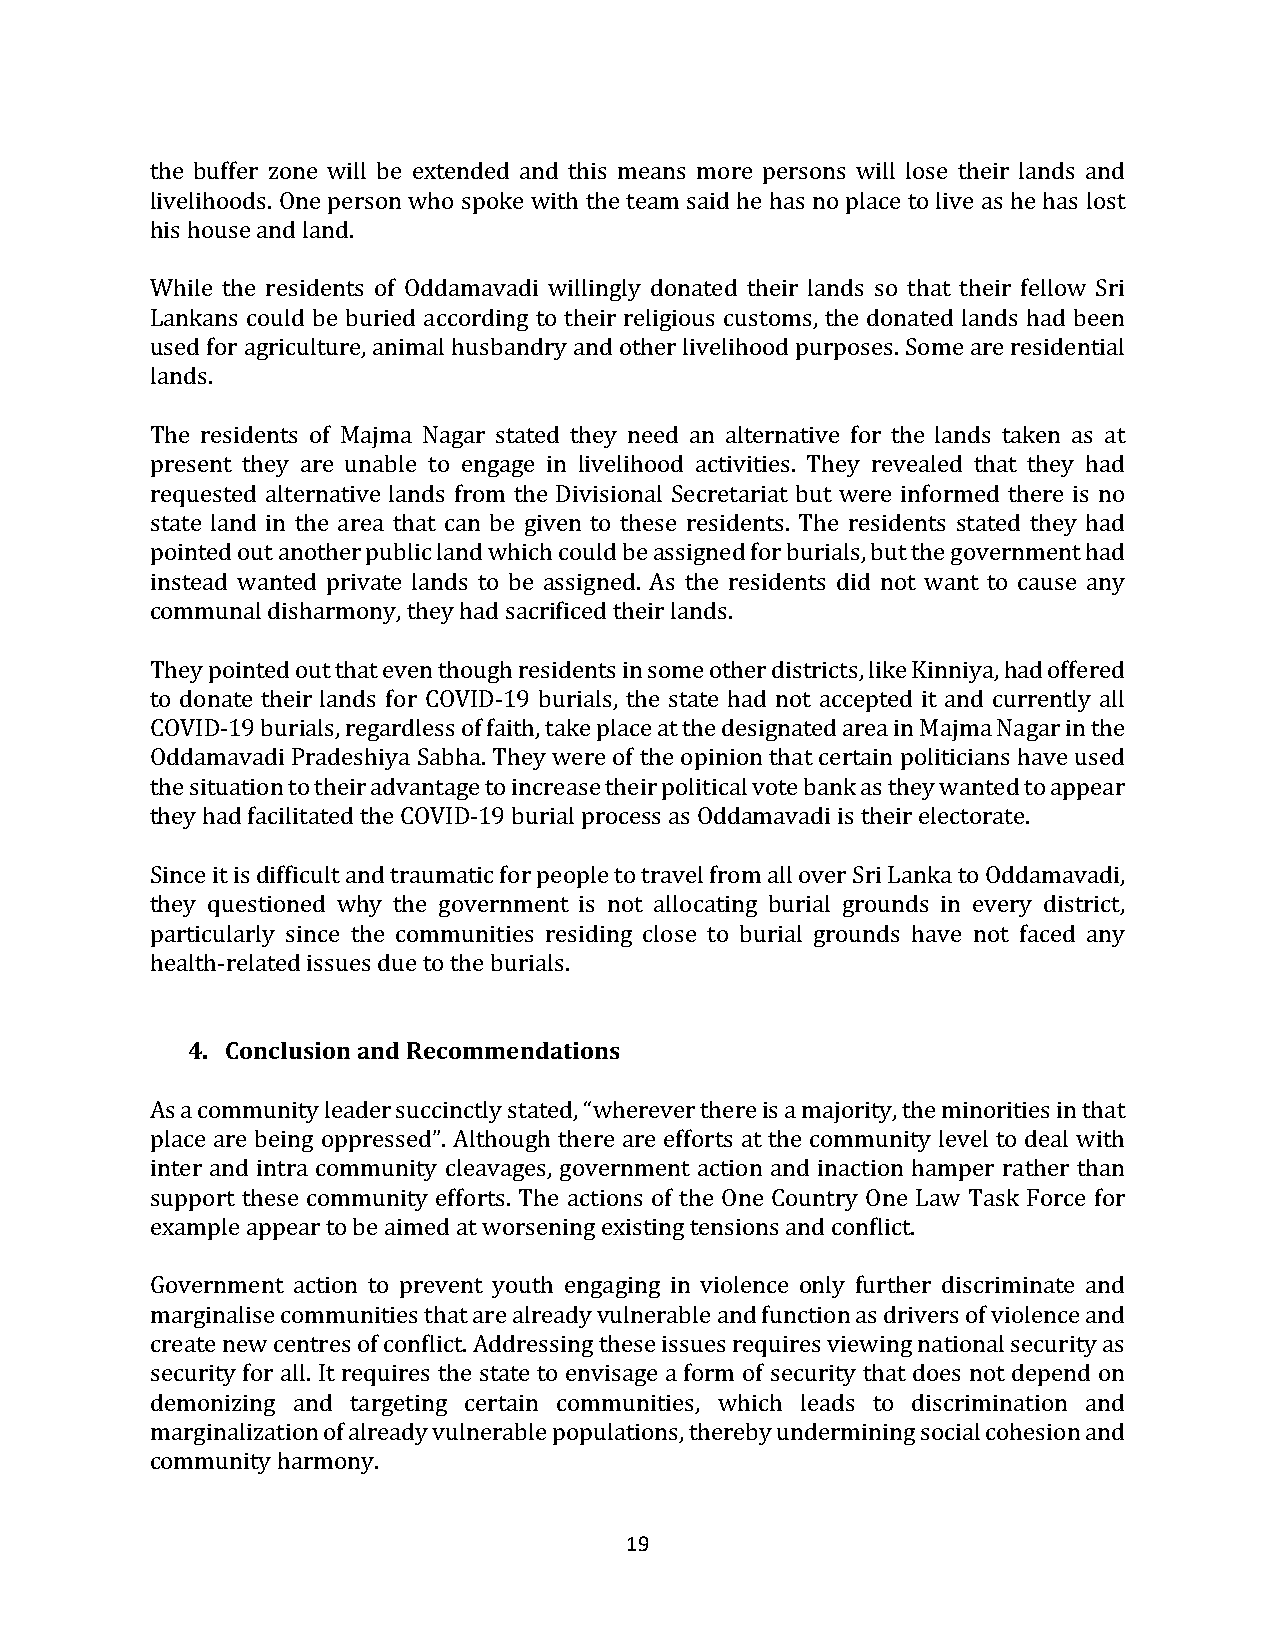
the buffer zone will be extended and this means more persons will lose their lands and
 livelihoods. One person who spoke with the team said he has no place to live as he has lost
 his house and land.
 While the residents of Oddamavadi willingly donated their lands so that their fellow Sri
 Lankans could be buried according to their religious customs, the donated lands had been
 used for agriculture, animal husbandry and other livelihood purposes. Some are residential
 lands.
 The residents of Majma Nagar stated they need an alternative for the lands taken as at
 present they are unable to engage in livelihood activities. They revealed that they had
 requested alternative lands from the Divisional Secretariat but were informed there is no
 state land in the area that can be given to these residents. The residents stated they had
 pointed out another public land which could be assigned for burials, but the government had
 instead wanted private lands to be assigned. As the residents did not want to cause any
 communal disharmony, they had sacrificed their lands.
 They pointed out that even though residents in some other districts, like Kinniya, had offered
 to donate their lands for COVID-19 burials, the state had not accepted it and currently all
 COVID-19 burials, regardless of faith, take place at the designated area in Majma Nagar in the
 Oddamavadi Pradeshiya Sabha. They were of the opinion that certain politicians have used
 the situation to their advantage to increase their political vote bank as they wanted to appear
 they had facilitated the COVID-19 burial process as Oddamavadi is their electorate.
 Since it is difficult and traumatic for people to travel from all over Sri Lanka to Oddamavadi,
 they questioned why the government is not allocating burial grounds in every district,
 particularly since the communities residing close to burial grounds have not faced any
 health-related issues due to the burials.
 4. Conclusion and Recommendations
 As a community leader succinctly stated, “wherever there is a majority, the minorities in that
 place are being oppressed”. Although there are efforts at the community level to deal with
 inter and intra community cleavages, government action and inaction hamper rather than
 support these community efforts. The actions of the One Country One Law Task Force for
 example appear to be aimed at worsening existing tensions and conflict.
 Government action to prevent youth engaging in violence only further discriminate and
 marginalise communities that are already vulnerable and function as drivers of violence and
 create new centres of conflict. Addressing these issues requires viewing national security as
 security for all. It requires the state to envisage a form of security that does not depend on
 demonizing and targeting certain communities, which leads to discrimination and
 marginalization of already vulnerable populations, thereby undermining social cohesion and
 community harmony.
 19